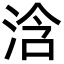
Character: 浛